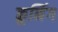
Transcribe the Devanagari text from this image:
क्रूनिंग